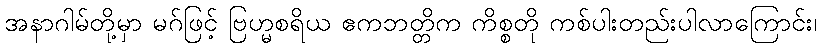
အနာဂါမ်တို့မှာ မဂ်ဖြင့် ဗြဟ္မစရိယ ဧကဘတ္တိက ကိစ္စတို ကစ်ပါးတည်းပါလာကြောင်း၊